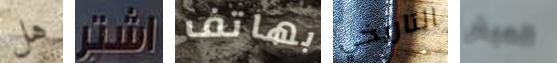
هل اشتر بهاتف التاريخي العيش